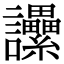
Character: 𧮢